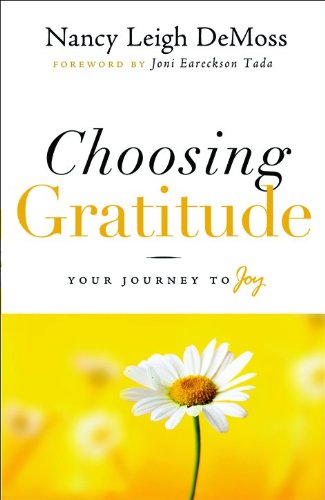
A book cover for Choosing Gratitude: Your Journey to Joy; Nancy Leigh DeMoss; Christian Books & Bibles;